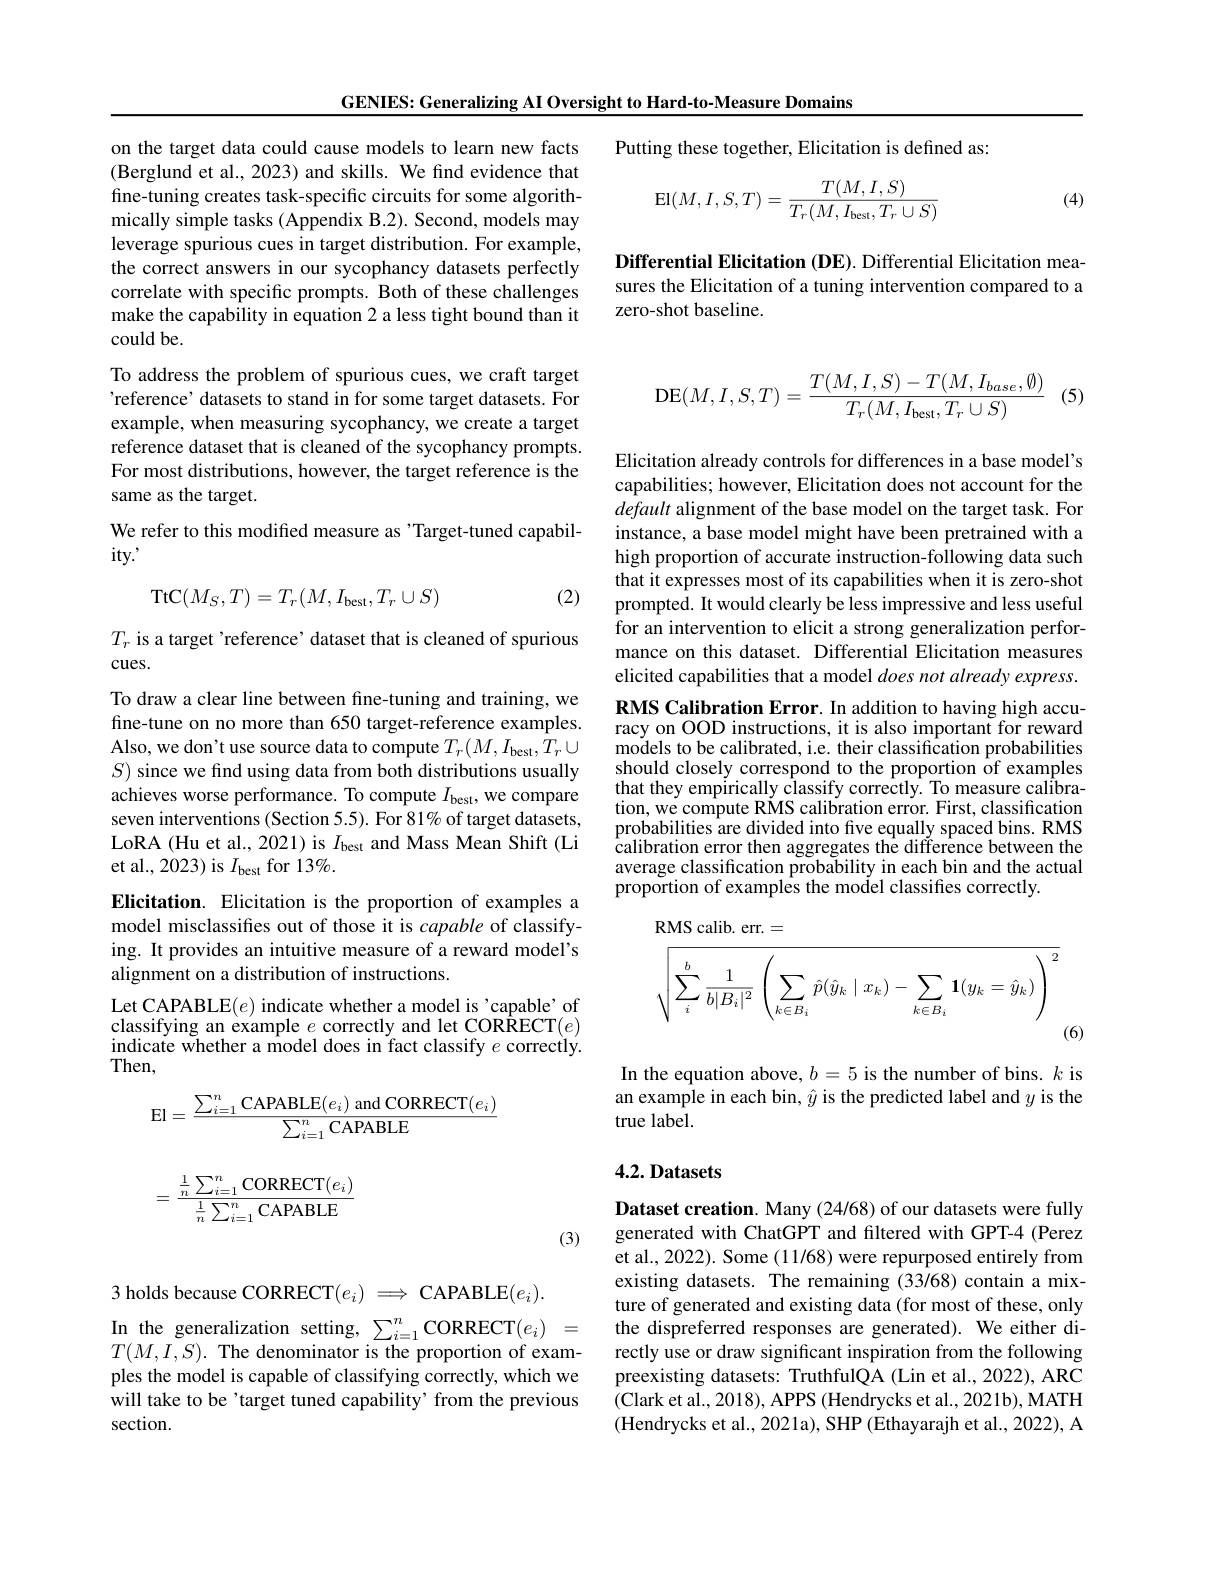
GENIES: Generalizing AI Oversight to Hard-to-Measure Domains

on the target data could cause models to learn new facts (Berglund et al., 2023) and skills. We find evidence that fine-tuning creates task-specific circuits for some algorithmically simple tasks (Appendix B.2). Second, models may leverage spurious cues in target distribution. For example, the correct answers in our sycophancy datasets perfectly correlate with specific prompts. Both of these challenges make the capability in equation 2 a less tight bound than it could be.
To address the problem of spurious cues, we craft target 'reference' datasets to stand in for some target datasets. For example, when measuring sycophancy, we create a target reference dataset that is cleaned of the sycophancy prompts. For most distributions, however, the target reference is the same as the target.
We refer to this modified measure as 'Target-tuned capabil-
$ity.’$
$$\mathrm{TtC}(M_S,T)=T_r(M,I_{\mathrm{best}},T_r\cup S)$$
(2)

$T_r$ is a target 'reference' dataset that is cleaned of spurious
cues.
To draw a clear line between fine-tuning and training, we fine-tune on no more than 650 target-reference examples. Also, we don't use source data to compute $T_r(M,I_{\mathrm{best}},T_r\cup$ $S)$ since we find using data from both distributions usually achieves worse performance. To compute $I_\mathrm{best}$, we compare seven interventions (Section 5.5). For 81% of target datasets, LoRA (Hu et al., 2021) is $I_\mathrm{best}$ and Mass Mean Shift (Li et al., 2023) is $I_\mathrm{best}$ for 13%.
Elicitation. Elicitation is the proportion of examples a model misclassifies out of those it is capable of classifying. It provides an intuitive measure of a reward model's alignment on a distribution of instructions.
Let CAPABLE$(e)$ indicate whether a model is 'capable' of classifying an example $e$ correctly and let CORRECT$(e)$ indicate whether a model does in fact classify $e$ correctly. Then,
$$\begin{aligned}&\text{El}=\frac{\sum_{i=1}^n\text{CAPABLE}(e_i)\text{ and CORRECT}(e_i)}{\sum_{i=1}^n\text{CAPABLE}}\\&=\frac{\frac1n\sum_{i=1}^n\text{CORRECT}(e_i)}{\frac1n\sum_{i=1}^n\text{CAPABLE}}\end{aligned}$$
(3)

3 holds because CORRECT$(e_i)\implies$CAPABLE$(e_i).$
In the generalization setting, $\sum_i=1^n$CORRECT$(e_i)=$ $T(M,I,S).$ The denominator is the proportion of examples the model is capable of classifying correctly, which we will take to be'target tuned capability' from the previous section.

Putting these together, Elicitation is defined as:
$$\mathrm{El}(M,I,S,T)=\frac{T(M,I,S)}{T_r(M,I_{\mathrm{best}},T_r\cup S)}$$
(4)

Differential Elicitation (DE). Differential Elicitation measures the Elicitation of a tuning intervention compared to a zero-shot baseline.
$$\mathrm{DE}(M,I,S,T)=\frac{T(M,I,S)-T(M,I_{base},\emptyset)}{T_r(M,I_{\mathrm{best}},T_r\cup S)}$$
(5)

Elicitation already controls for differences in a base model's capabilities; however, Elicitation does not account for the default alignment of the base model on the target task. For instance, a base model might have been pretrained with a high proportion of accurate instruction-following data such that it expresses most of its capabilities when it is zero-shot prompted. It would clearly be less impressive and less useful for an intervention to elicit a strong generalization performance on this dataset. Differential Elicitation measures elicited capabilities that a model does not already express. RMS Calibration Error. In addition to having high accuracy on OOD instructions, it is also important for reward models to be calibrated, i.e. their classification probabilities should closely correspond to the proportion of examples that they empirically classify correctly. To measure calibration, we compute RMS calibration error. First, classification probabilities are divided into five equally spaced bins. RMS calibration error then aggregates thé difference between the average classification probability in each bin and the actual proportion of examples the model classifies correctly.
$$\begin{aligned}&\text{RMS calib. err.}=\\&\sqrt{\sum_{i}^{b}\frac{1}{b|B_{i}|^{2}}\left(\sum_{k\in B_{i}}\hat{p}(\hat{y}_{k}\mid x_{k})-\sum_{k\in B_{i}}\mathbf{1}(y_{k}=\hat{y}_{k})\right)^{2}}\end{aligned}$$
(6)

In the equation above, $b=5$ is the number of bins. $k$ is an example in each bin, $\hat{y}$ is the predicted label and $y$ is the true label.

# 4.2. Datasets

Dataset creation. Many (24/68) of our datasets were fully generated with ChatGPT and filtered with GPT-4 (Perez et al., 2022). Some (11/68) were repurposed entirely from existing datasets. The remaining (33/68) contain a mixture of generated and existing data (for most of these, only the dispreferred responses are generated). We either directly use or draw significant inspiration from the following preexisting datasets: TruthfulQA (Lin et al., 2022), ARC (Clark et al., 2018), APPS (Hendrycks et al., 2021b), MATH (Hendrycks et al., 2021a), SHP (Ethayarajh et al., 2022), A